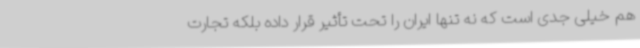
هم خیلی جدی است که نه تنها ایران را تحت تأثیر قرار داده بلکه تجارت